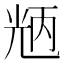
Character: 𠒝